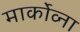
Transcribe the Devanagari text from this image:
मार्कोव्ना